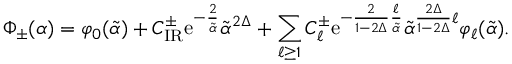
\Phi _ { \pm } ( { \alpha } ) = \varphi _ { 0 } ( \tilde { \alpha } ) + { \cal C } _ { \mathrm { I R } } ^ { \pm } \mathrm { e } ^ { - \frac { 2 } { \tilde { \alpha } } } \tilde { \alpha } ^ { 2 \Delta } + \sum _ { \ell \geq 1 } { \cal C } _ { \ell } ^ { \pm } \mathrm { e } ^ { - \frac { 2 } { 1 - 2 \Delta } \frac { \ell } { \tilde { \alpha } } } \tilde { \alpha } ^ { \frac { 2 \Delta } { 1 - 2 \Delta } \ell } \varphi _ { \ell } ( \tilde { \alpha } ) .